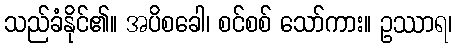
သည်ခံနိုင်၏။ အပိစခေါ၊ စင်စစ် သော်ကား။ ဥဿာရ၊